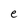
Character: e